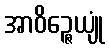
အာဝိဉ္ဇေယျုံ